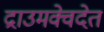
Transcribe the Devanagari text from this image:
द्राउमक्वेदेत